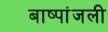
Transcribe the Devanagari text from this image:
बाष्पांजली